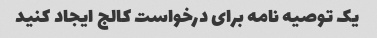
یک توصیه نامه برای درخواست کالج ایجاد کنید